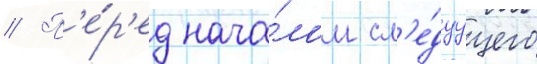
// П'е́р'ед нача́лом сл'е́дуущего